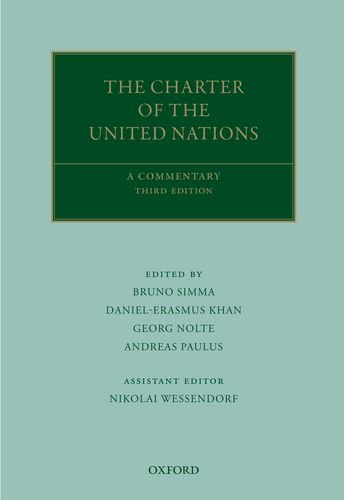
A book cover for The Charter of the United Nations: A Commentary (Oxford Commentaries on International Law); Bruno Simma; Law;